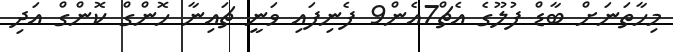
މިހާތަނަށް ބާޑް ފުލޫގެ އެޗް7އެން9 ފެނިފައި ވަނީ ޗައިނާ ހޮންގް ކޮންގް އަދި